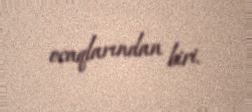
ocaqlarından biri.